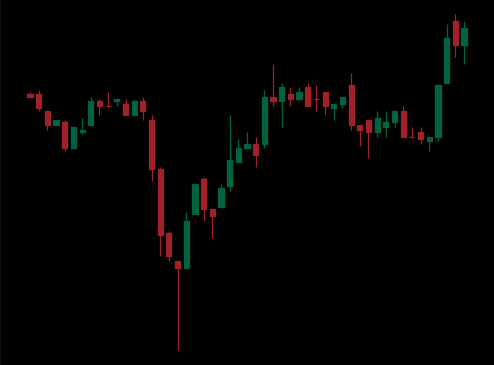
Pattern: inverse_head_shoulders